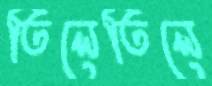
তিলেতিলে